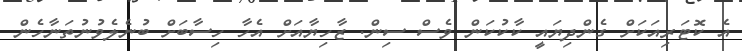
އެ ކޮޓަރިއަކަށް ގެންދިޔައީ ކާކުކަން ވެސް ސިން. ޒާހިޔާއަށް އެހާ ހިސާބަށް ބުނެލެވުނުތަނާހެން